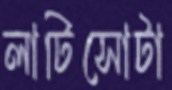
লাটিসোটা